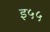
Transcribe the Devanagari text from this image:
इ५५